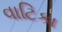
વાટિકા